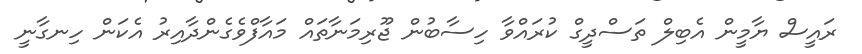
ރައީސް ޔާމީން އެބިލް ތަސްދީގް ކުރައްވާ ހިސާބުން ޖޫރިމަނާތައް މައާފްވެގެންދާއިރު އެކަން ހިނގާނީ